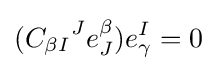
({C_{\beta I}}^{J}e_{J}^{\beta })e_{\gamma }^{I}=0